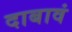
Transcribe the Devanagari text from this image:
दाबावं